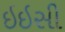
ઇઇસી